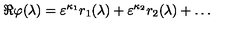
\Re \varphi ( \lambda ) = \varepsilon ^ { \kappa _ { 1 } } r _ { 1 } ( \lambda ) + \varepsilon ^ { \kappa _ { 2 } } r _ { 2 } ( \lambda ) + \ldots